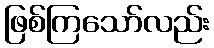
ဖြစ်ကြသော်လည်း